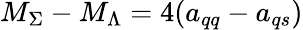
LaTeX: M_{\Sigma}-M_{\Lambda}=4(a_{qq}-a_{qs})